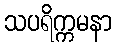
သပရိက္ကမနာ